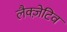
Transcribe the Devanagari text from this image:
लैक्ज़ेटिव